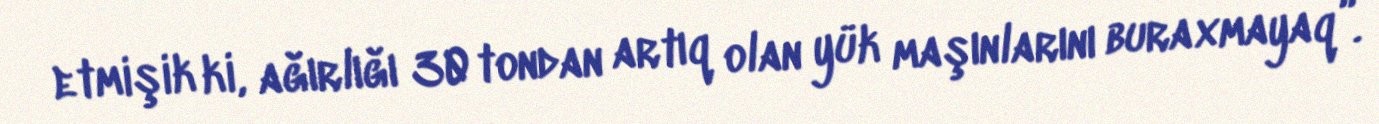
etmişik ki, ağırlığı 30 tondan artıq olan yük maşınlarını buraxmayaq”.